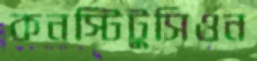
কনস্টিটুসিওন